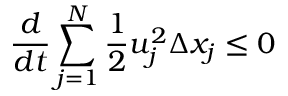
\frac { d } { d t } \sum _ { j = 1 } ^ { N } \frac { 1 } { 2 } u _ { j } ^ { 2 } \Delta x _ { j } \le 0